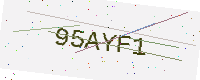
Text: 95AYF1